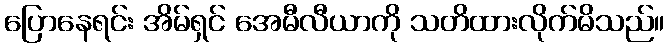
ပြောနေရင်း အိမ်ရှင် အေမီလီယာကို သတိထားလိုက်မိသည်။